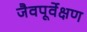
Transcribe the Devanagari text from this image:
जैवपूर्वेक्षण